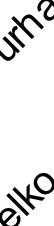
l h